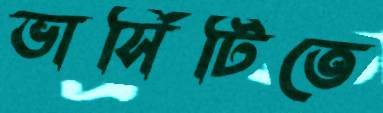
ভার্সিটিতে